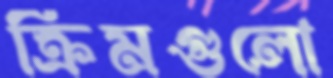
ক্রিমগুলো